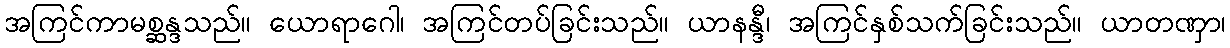
အကြင်ကာမစ္ဆန္ဒသည်။ ယောရာဂေါ၊ အကြင်တပ်ခြင်းသည်။ ယာနန္ဒီ၊ အကြင်နှစ်သက်ခြင်းသည်။ ယာတဏှာ၊